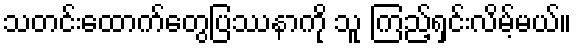
သတင်းထောက်တွေပြဿနာကို သူ ကြည့်ရှင်းလိမ့်မယ်။